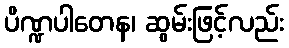
ပိဏ္ဍပါတေန၊ ဆွမ်းဖြင့်လည်း